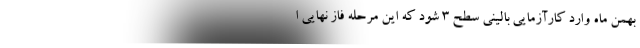
بهمن ماه وارد کارآزمایی بالینی سطح 3 شود که این مرحله فاز نهایی ا